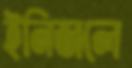
ইনিজলে